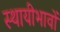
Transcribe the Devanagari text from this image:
स्थायीभावों